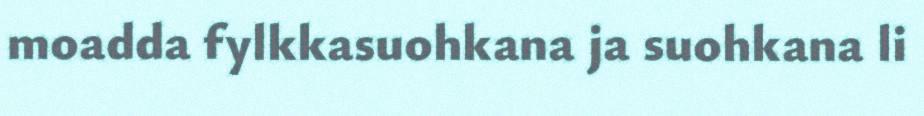
moadda fylkkasuohkana ja suohkana li